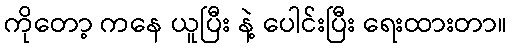
ကိုတော့ ကနေ ယူပြီး နဲ့ ပေါင်းပြီး ရေးထားတာ။